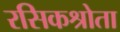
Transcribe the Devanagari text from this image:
रसिकश्रोता